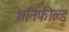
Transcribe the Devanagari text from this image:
शॉनफील्ड